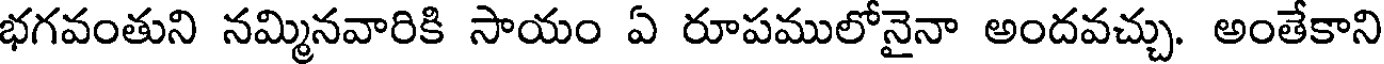
భగవంతుని నమ్మినవారికి సాయం ఏ రూపములోనైనా అందవచ్చు. అంతేకాని